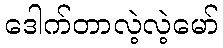
ဒေါက်တာလဲ့လဲ့မော်